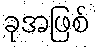
ခုအဖြစ်